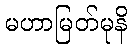
မဟာမြတ်မုနိ